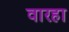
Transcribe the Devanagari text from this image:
वारहा